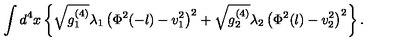
\int d ^ { 4 } x \left\{ \sqrt { g _ { 1 } ^ { ( 4 ) } } \lambda _ { 1 } \left( \Phi ^ { 2 } ( - l ) - v _ { 1 } ^ { 2 } \right) ^ { 2 } + \sqrt { g _ { 2 } ^ { ( 4 ) } } \lambda _ { 2 } \left( \Phi ^ { 2 } ( l ) - v _ { 2 } ^ { 2 } \right) ^ { 2 } \right\} .